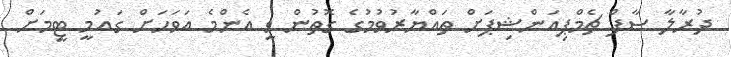
ދުރާލާ ސާފް ޗެމްޕިއަންޝިޕަށް ތައްޔާރުވުމުގެ ގޮތުން ވީ އެންމެ އަވަހަށް ގައުމީ ޓީމަށް